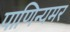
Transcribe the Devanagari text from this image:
पाणिन्यमर